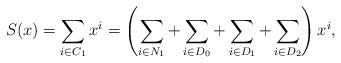
LaTeX: \begin{align*}S(x)=\sum_{i\in C_1}x^i=\left(\sum_{i\in N_1}+\sum_{i\in D_0}+\sum_{i\in D_1}+\sum_{i\in D_2}\right)x^i,\end{align*}